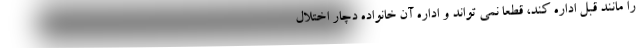
را مانند قبل اداره کند، قطعاً نمی تواند و اداره آن خانواده دچار اختلال